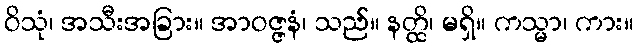
ဝိသုံ၊ အသီးအခြား။ အာဝဇ္ဇနံ၊ သည်။ နတ္ထိ၊ မရှိ။ ကသ္မာ၊ ကား။